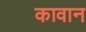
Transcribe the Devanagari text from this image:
कावान